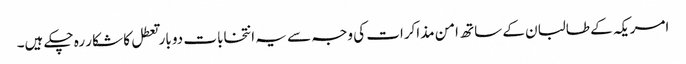
امریکہ کے طالبان کے ساتھ امن مذاکرات کی وجہ سے یہ انتخابات دو بار تعطل کا شکار رہ چکے ہیں۔